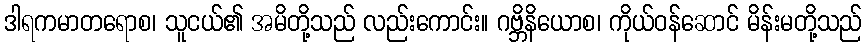
ဒါရကမာတရောစ၊ သူငယ်၏ အမိတို့သည် လည်းကောင်း။ ဂဗ္ဘိနိယောစ၊ ကိုယ်ဝန်ဆောင် မိန်းမတို့သည်